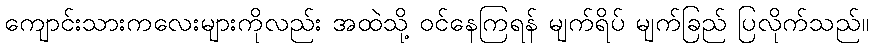
ကျောင်းသားကလေးများကိုလည်း အထဲသို့ ဝင်နေကြရန် မျက်ရိပ် မျက်ခြည် ပြလိုက်သည်။